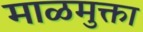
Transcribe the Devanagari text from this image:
माळमुक्ता